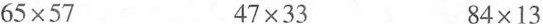
$$6 5 \times 5 7$$ $$4 7 \times 3 3$$ $$8 4 \times 1 3$$